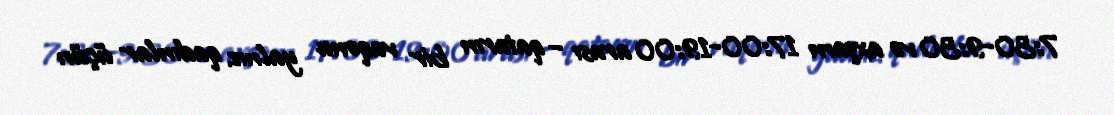
7:30-9:30 və axşam 17:00-19:00 arası – qatarın bir vaqonu yalnız qadınlar üçün